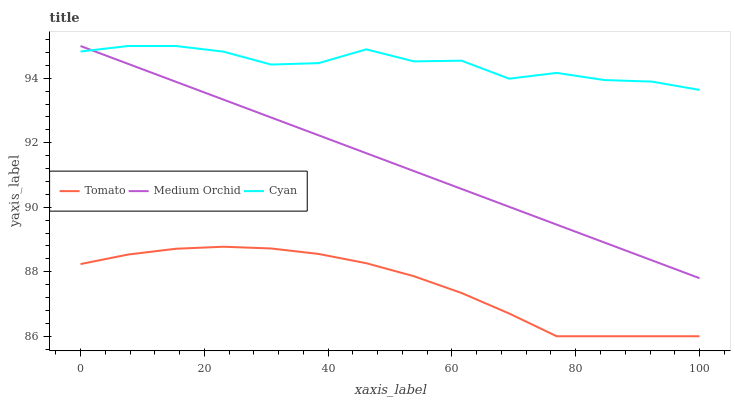
| xaxis_label | Tomato | Medium Orchid | Cyan |
 | --- | --- | --- | --- |
 | 0 | 88.2 | 95 | 94.8 |
 | 7.69 | 88.5 | 94.4 | 95 |
 | 15.4 | 88.7 | 93.9 | 95 |
 | 23.1 | 88.8 | 93.3 | 94.8 |
 | 30.8 | 88.7 | 92.8 | 94.4 |
 | 38.5 | 88.6 | 92.2 | 94.5 |
 | 46.2 | 88.3 | 91.7 | 94.9 |
 | 53.8 | 87.9 | 91.1 | 94.5 |
 | 61.5 | 87.3 | 90.6 | 94.5 |
 | 69.2 | 86.7 | 90 | 94 |
 | 76.9 | 86 | 89.5 | 94.2 |
 | 84.6 | 86 | 88.9 | 93.9 |
 | 92.3 | 86 | 88.4 | 93.9 |
 | 100 | 86 | 87.8 | 93.6 |